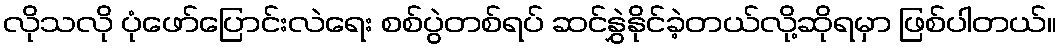
လိုသလို ပုံဖော်ပြောင်းလဲရေး စစ်ပွဲတစ်ရပ် ဆင်နွှဲနိုင်ခဲ့တယ်လို့ဆိုရမှာ ဖြစ်ပါတယ်။